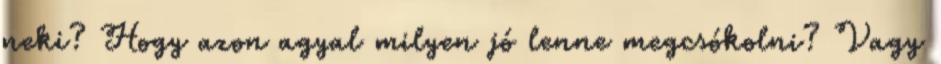
neki? Hogy azon agyal milyen jó lenne megcsókolni? Vagy